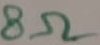
Text: 8Ω